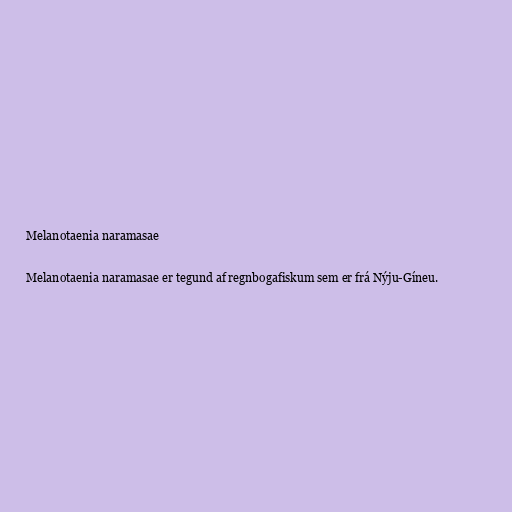
Melanotaenia naramasae

Melanotaenia naramasae er tegund af regnbogafiskum sem er frá Nýju-Gíneu.